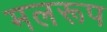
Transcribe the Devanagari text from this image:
मलरूप